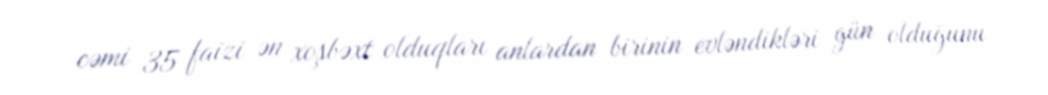
cəmi 35 faizi ən xoşbəxt olduqları anlardan birinin evləndikləri gün olduğunu